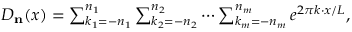
\begin{array} { r } { D _ { \mathbf { n } } ( x ) = \sum _ { k _ { 1 } = - n _ { 1 } } ^ { n _ { 1 } } \sum _ { k _ { 2 } = - n _ { 2 } } ^ { n _ { 2 } } \cdots \sum _ { k _ { m } = - n _ { m } } ^ { n _ { m } } e ^ { 2 \pi k \cdot x / L } , } \end{array}